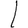
Digit: 1